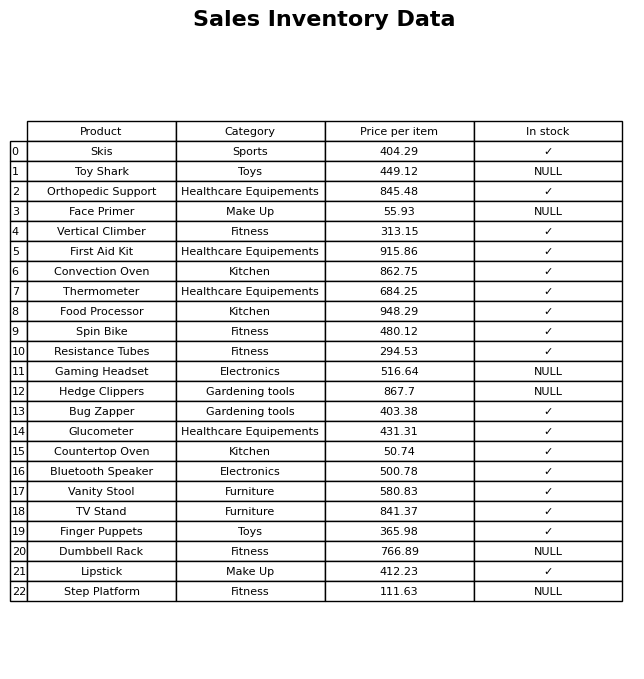
question: What is the price of the Step Platform?
answer: The price of Step Platform is 111.63.